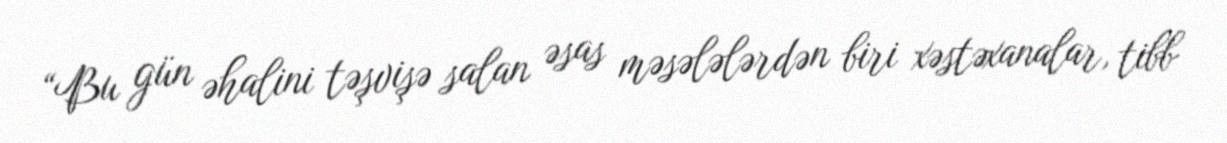
“Bu gün əhalini təşvişə salan əsas məsələlərdən biri xəstəxanalar, tibb